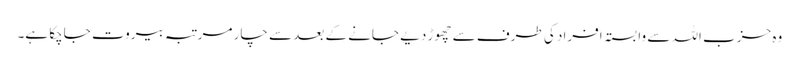
وہ حزب اللہ سے وابستہ افراد کی طرف سے چھوڑ دیے جانے کے بعد سے چار مرتبہ بیروت جاچکا ہے۔